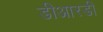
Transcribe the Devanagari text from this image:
डीआरडी